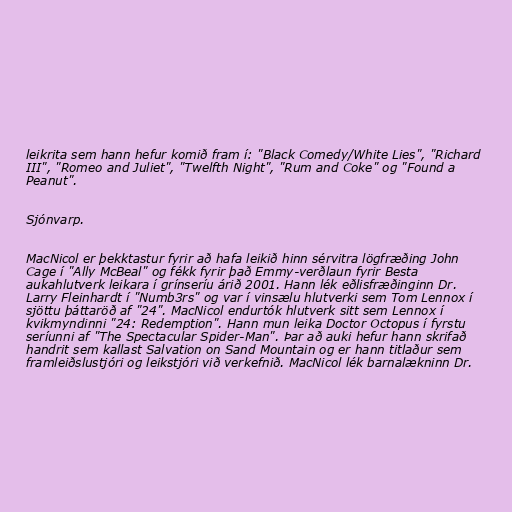
leikrita sem hann hefur komið fram í: "Black Comedy/White Lies", "Richard
III", "Romeo and Juliet", "Twelfth Night", "Rum and Coke" og "Found a
Peanut".

Sjónvarp.

MacNicol er þekktastur fyrir að hafa leikið hinn sérvitra lögfræðing John
Cage í "Ally McBeal" og fékk fyrir það Emmy-verðlaun fyrir Besta
aukahlutverk leikara í grínseríu árið 2001. Hann lék eðlisfræðinginn Dr.
Larry Fleinhardt í "Numb3rs" og var í vinsælu hlutverki sem Tom Lennox í
sjöttu þáttaröð af "24". MacNicol endurtók hlutverk sitt sem Lennox í
kvikmyndinni "24: Redemption". Hann mun leika Doctor Octopus í fyrstu
seríunni af "The Spectacular Spider-Man". Þar að auki hefur hann skrifað
handrit sem kallast Salvation on Sand Mountain og er hann titlaður sem
framleiðslustjóri og leikstjóri við verkefnið. MacNicol lék barnalækninn Dr.